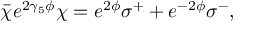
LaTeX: \bar { \chi } e ^ { 2 \gamma _ { 5 } \phi } \chi = e ^ { 2 \phi } \sigma ^ { + } + e ^ { - 2 \phi } \sigma ^ { - } ,